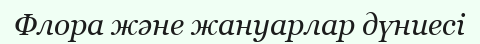
Флора және жануарлар дүниесі